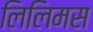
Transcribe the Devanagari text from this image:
लिलिमस